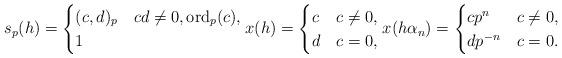
LaTeX: \begin{align*} s_p(h) = \begin{cases} (c,d)_p & cd \neq 0, \mathrm{ord}_p(c) , \\ 1 & \end{cases} x(h) = \begin{cases} c & c \neq 0,\\ d & c = 0, \end{cases} x(h\alpha_n) = \begin{cases} cp^n & c \neq 0,\\ dp^{-n} & c = 0. \end{cases}\end{align*}